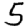
Digit: 5